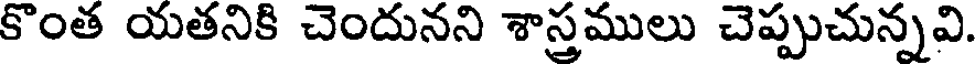
కొంత యతనికి చెందునని శాస్త్రములు చెప్పుచున్నవి.